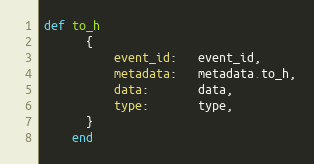
Language: Ruby
def to_h
      {
          event_id:   event_id,
          metadata:   metadata.to_h,
          data:       data,
          type:       type,
      }
    end